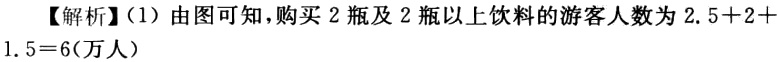
【解析】（1）由图可知，购买 2 瓶及 2 瓶以上饮料的游客人数为 \(2.5 + 2+1.5 = 6\)(万人）